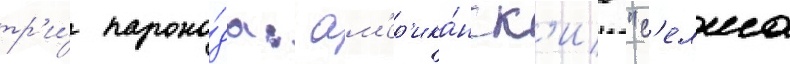
тр'и́ парохо́да: ам'ер'ика́нск'ие "с'елма